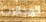
المجالات